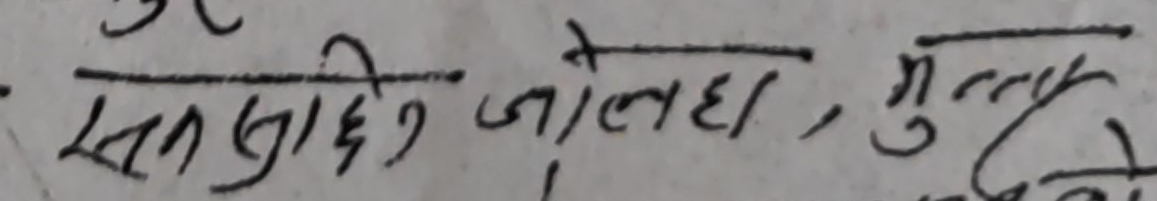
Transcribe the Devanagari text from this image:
सप्तसाहिल जोलाहा, मुन्नु